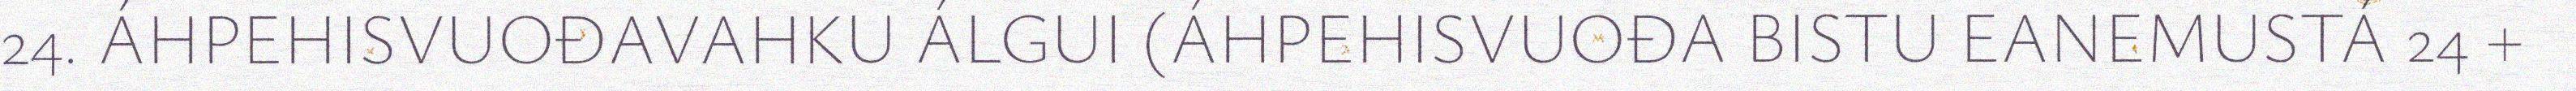
24. ÁHPEHISVUOĐAVAHKU ÁLGUI (ÁHPEHISVUOĐA BISTU EANEMUSTÁ 24 +